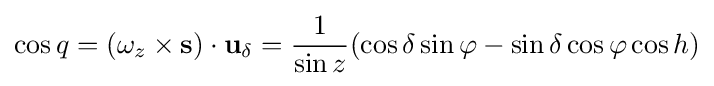
\cos q=(\omega _{z}\times \mathbf {s} )\cdot \mathbf {u} _{\delta }={\frac {1}{\sin z}}(\cos \delta \sin \varphi -\sin \delta \cos \varphi \cos h)